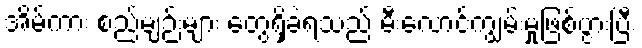
အိမ်ကား စည်မျဉ်းများ တွေရှိခဲ့ရသည် မီးလောင်ကျွမ်းမှုဖြစ်ပွားပြီး